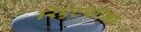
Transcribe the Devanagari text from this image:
रिएटसीमा